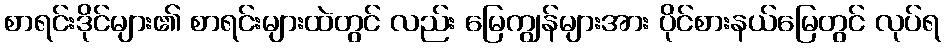
စာရင်းဒိုင်များ၏ စာရင်းများထဲတွင် လည်း မြေကျွန်များအား ပိုင်စားနယ်မြေတွင် လုပ်ရ